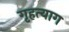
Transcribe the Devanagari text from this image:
गृहत्‍याग